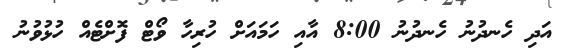
އަދި ހެނދުނު ހެނދުނު 8:00 އާއި ހަމައަށް ހުރިހާ ވޯޓް ފޮށްޓެއް ހުޅުވުނު